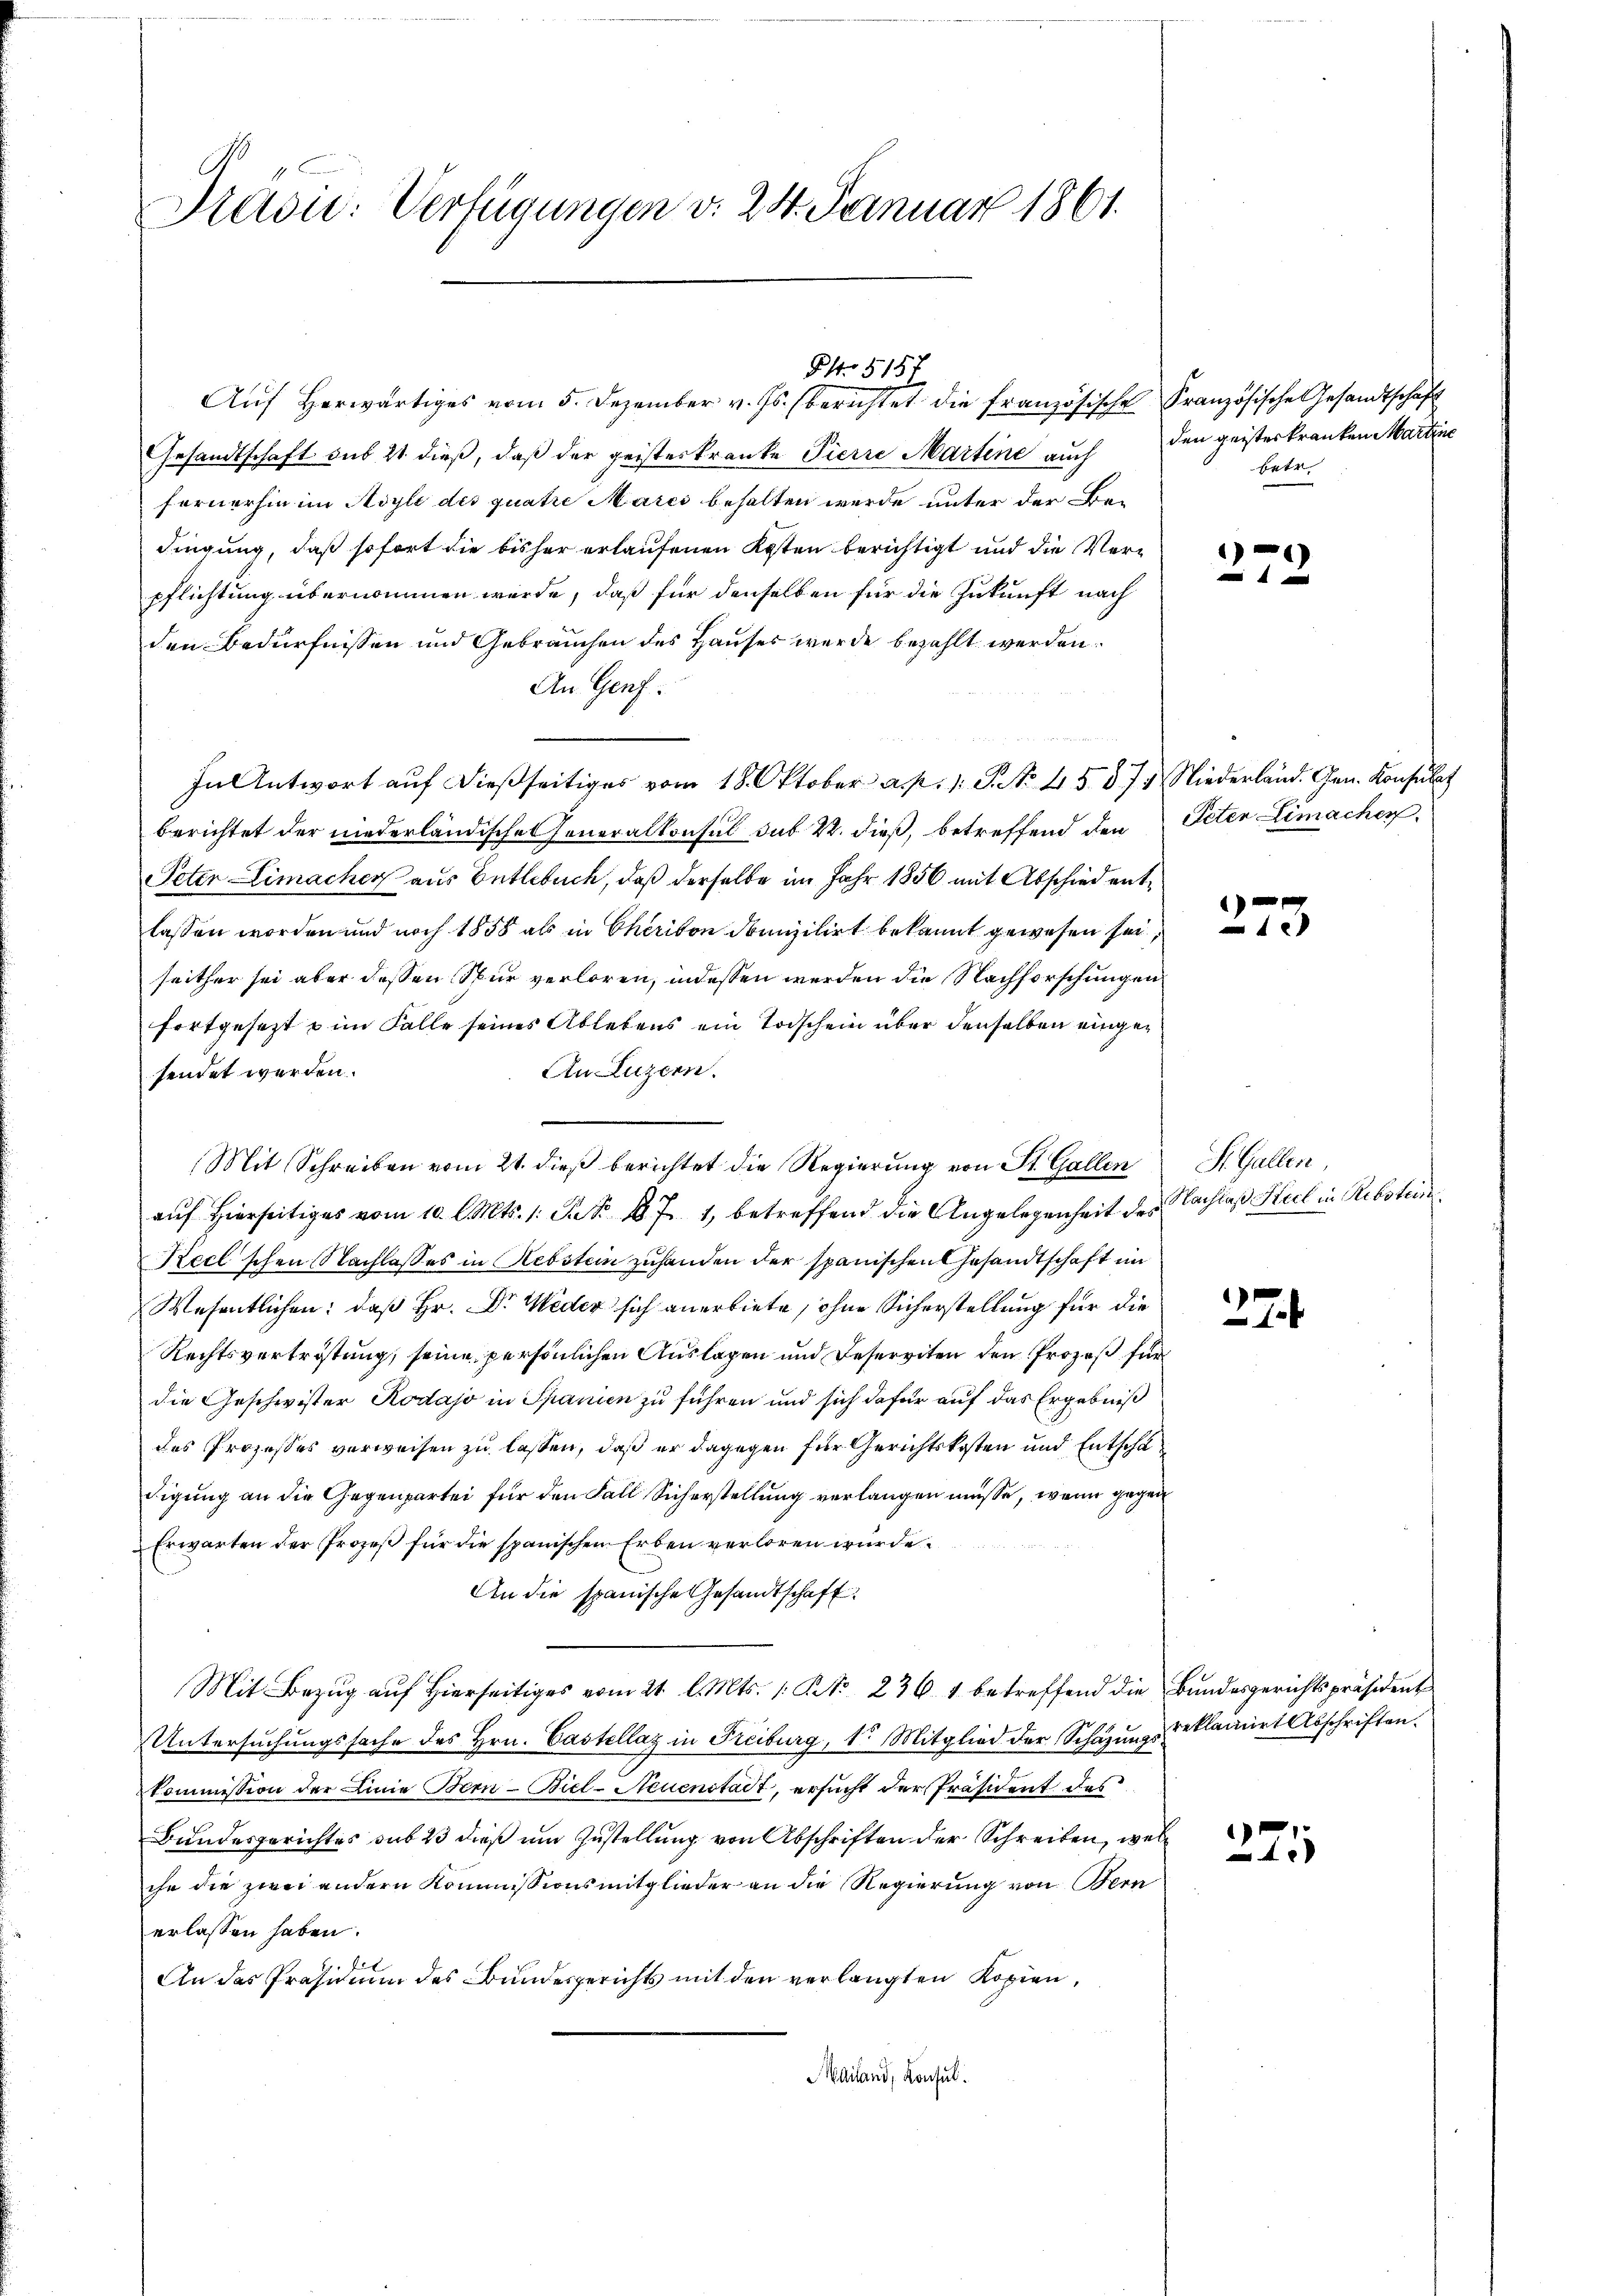
Prasie: Verfügungen v. 24. Januar 1861.

Gesandtschaft sub 21. dieß, daß der geisterkranke Pierre Martine auch den geisterkranken Martine
fernerhin im Asyle des quatre Mares behalten werde unter der Bedingung, daß sofort die bisher erlaufenen Kosten berichtigt und die Verpflichtung übernommen werde, daß für denselben für die Zukunft nach
den Bedürfnissen und Gebrauchen des Hauses wurde bezahlt werden.
An Genf.
In Antwort aŭf dießseitiges vom 18. Oktober a. p. 1. P. No. 45. 874. Niederland. Gen. Konsulat
berichtet der niederländische Generalkonsul sub 2. dieß, betreffend den Peter Limacher
Peten Limacher aus Entlebuch, daß derselbe im Jahr 1856 mit Abschied entlassen worden und noch 1858 als in Chrison domizilirt bekannt gewesen sei,
seither sei aber dessen Spur verloren, indessen werden die Nachforschungen
fortgesetzt u im Falle seines Ablebens ein Todschein über denselben einge¬
An Luzern.
sendet werden.
Mit Schreiben vom 21. dieß berichtet die Regierung von St. Gallen
auf hierseitiges vom 10. l. Mts. 1. St. 87. 1, betreffend die Angelegenheit des
Kecl'schen Nachlasses in Nebstein zuhanden der spanischen Gesandtschaft im
Wesentlichen: daß Hr. Dr. Weder sich anerbiete, ohne Sicherstellung für die
Rechtsvertröstung, seine persönlichen Auslagen und Deserviten den Prozeß für
die Geschwister Rodajo in Spanien zu führen und sich dafür auf das Ergebniß
des Prozesses verweisen zu lassen, daß er dagegen für Gerichtskosten und Entschädigung an die Gegenpartei für den Fall Sicherstellung verlangen müsse, wenn gegen
Erwarten der Prozeß für die spanischen Erben verloren würde.
An die spanische Gesandtschaft
Mit Bezug auf Hierseitiges vom 21. l. Mts. 1. No 236. 1 betreffend die Bundesgerichtspräsident
Untersuchungssache des Hrn. Castellag in Freiburg, 1. Mitglied der Schazungs reklamirt Abschriften.
Kommission der Linie Bern Biel-Neuenstadt, ersucht der Präsident des
Bundesgerichtes sub 23 dieß um Zustellung von Abschriften der Schreiben, wel
che die zwei andern Kommissionsmitglieder an die Regierung von Bern
erlassen haben.
 f
An das Präsidium des Bundesgerichts mit den verlangten Kopien,
Mailand, Konsul

PNo 5157
Auf Herwärtiges vom 5. Dezember v. Js. berichtet die französische Französische Gesandtschaft

betr.

27.

273

St. Gallen,
Nachlaß Seel in Rebstei

27

225